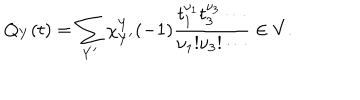
Q _ { Y } ( t ) = \sum _ { Y ^ { \prime } } \chi _ { Y ^ { \prime } } ^ { Y } ( - 1 ) \frac { t _ { 1 } ^ { \nu _ { 1 } } t _ { 3 } ^ { \nu _ { 3 } } \cdots } { \nu _ { 1 } ! \nu _ { 3 } ! \cdots } \in V .